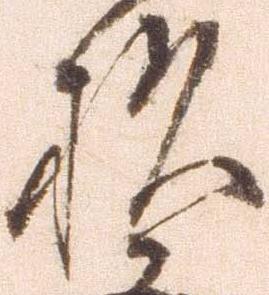
杉